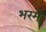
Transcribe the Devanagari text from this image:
भरमे